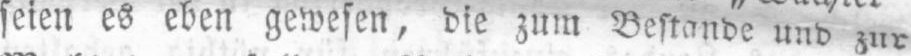
seien es eben gewesen, die zum Bestande und zur